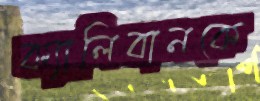
ক্যালিবানকে